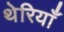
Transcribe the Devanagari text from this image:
थेरियाँ